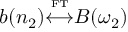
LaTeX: b ( n _ { 2 } ) { \overset { \underset { \mathrm { F T } } { } } { \longleftrightarrow } } B ( \omega _ { 2 } )